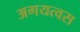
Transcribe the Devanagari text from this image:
अगयत्वस